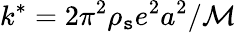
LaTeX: k^{*}=2\pi^{2}\rho_{\mathtt{s}}e^{2}a^{2}/\mathcal{M}